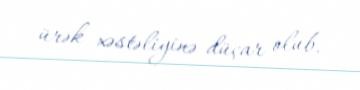
ürək xəstəliyinə düçar olub.